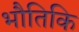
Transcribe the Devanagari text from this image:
भौतिकि